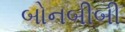
બોનબીબી